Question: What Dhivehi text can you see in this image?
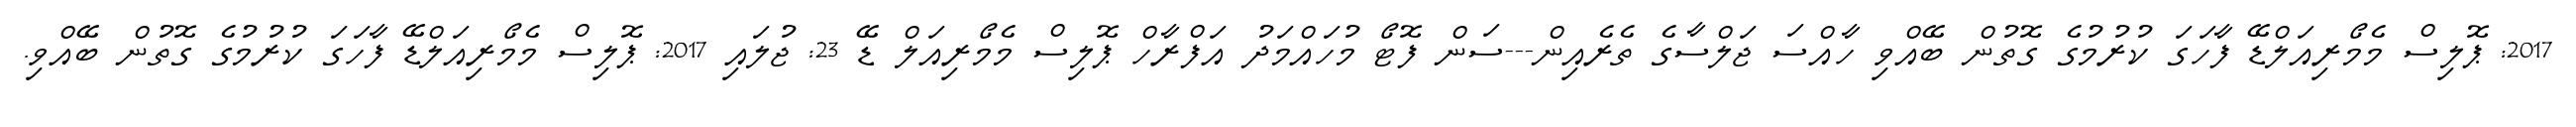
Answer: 2017: ޕޮލިސް މެމޯރިއަލްޑޭ ފާހަގަ ކުރުމުގެ ގޮތުން ބޭއްވި ހާއްސަ ޖަލްސާގެ ތެރެއިން---ސަން ފޮޓޯ މުހައްމަދު އަފްރާހް ޕޮލިސް މެމޯރިއަލް ޑޭ 23: ޖުލައި 2017: ޕޮލިސް މެމޯރިއަލްޑޭ ފާހަގަ ކުރުމުގެ ގޮތުން ބޭއްވި.